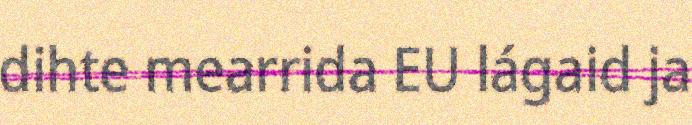
dihte mearrida EU lágaid ja